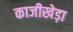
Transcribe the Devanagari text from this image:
काजीखेड़ा